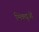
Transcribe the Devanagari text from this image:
भिक्खुओं